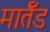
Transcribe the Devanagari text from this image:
मार्तँड